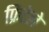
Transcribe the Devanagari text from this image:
फ्रिटेले